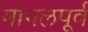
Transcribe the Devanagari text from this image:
मोगलपूर्व